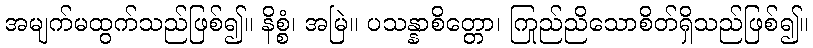
အမျက်မထွက်သည်ဖြစ်၍။ နိစ္စံ၊ အမြဲ။ ပသန္နာစိတ္တော၊ ကြည်ညိုသောစိတ်ရှိသည်ဖြစ်၍။